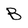
Character: B